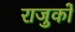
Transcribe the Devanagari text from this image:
राजुकों